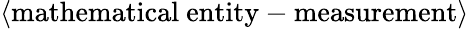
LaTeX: \langle\mathrm{mathematical~entity-measurement}\rangle